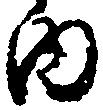
内